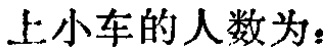
上小车的人数为：